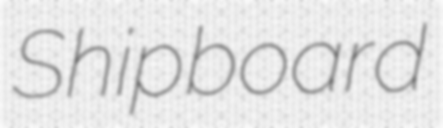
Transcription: Shipboard